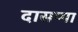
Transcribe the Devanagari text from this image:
दासप्पा